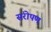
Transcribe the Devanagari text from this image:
संरोपण